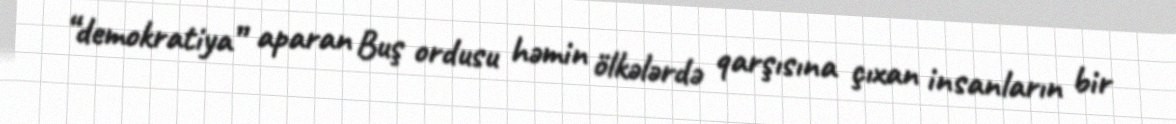
“demokratiya” aparan Buş ordusu həmin ölkələrdə qarşısına çıxan insanların bir